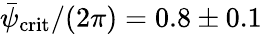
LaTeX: \bar{\psi}_{\mathrm{crit}}/(2\pi)=0.8\pm 0.1